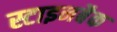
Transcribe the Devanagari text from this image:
स्टाइनबैक